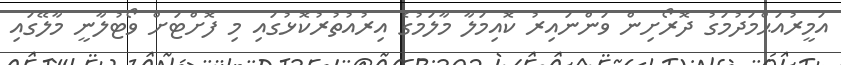
އަމީރުއަޙްމަދުމަގު ދޮރޯށިން ވަންނައިރު ކޮއިމަލާ މާލަމުގެ އިރުއުތުރުކޮޅުގައި މި ފޮށްޓަށް ވޯޓުލާނީ މާލޭގައި